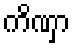
ကိဏှာ